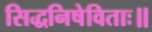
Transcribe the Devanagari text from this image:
सिद्धनिषेविताः॥